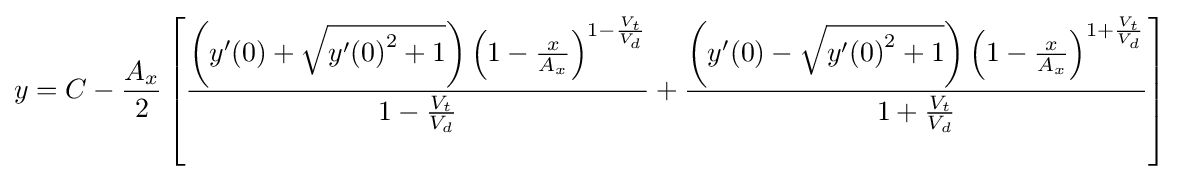
y=C-{\frac {A_{x}}{2}}\left[{\frac {\left(y'(0)+{\sqrt {{y'(0)}^{2}+1}}\right)\left(1-{\frac {x}{A_{x}}}\right)^{1-{\frac {V_{t}}{V_{d}}}}}{1-{\frac {V_{t}}{V_{d}}}}}+{\frac {\left(y'(0)-{\sqrt {{y'(0)}^{2}+1}}\right)\left(1-{\frac {x}{A_{x}}}\right)^{1+{\frac {V_{t}}{V_{d}}}}}{1+{\frac {V_{t}}{V_{d}}}}}\right]